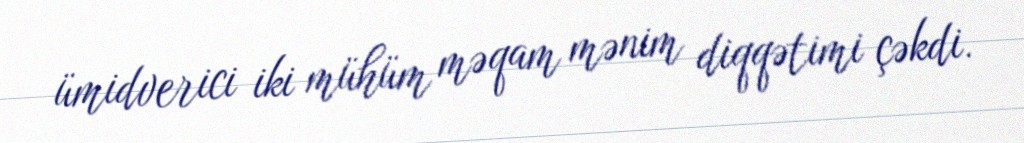
ümidverici iki mühüm məqam mənim diqqətimi çəkdi.